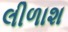
લીળાશ